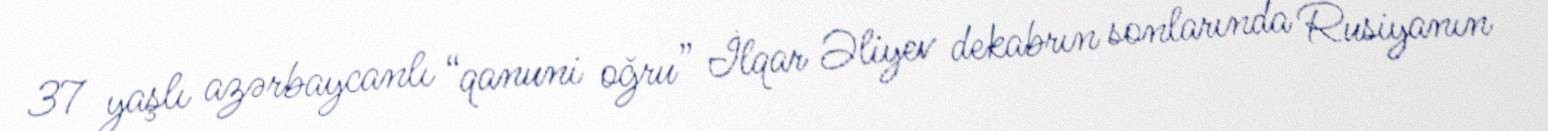
37 yaşlı azərbaycanlı “qanuni oğru” İlqar Əliyev dekabrın sonlarında Rusiyanın